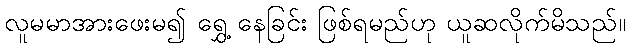
လူမမာအားဖေးမ၍ ရွှေ့ နေခြင်း ဖြစ်ရမည်ဟု ယူဆလိုက်မိသည်။